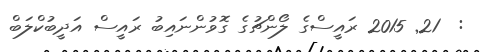
:  21